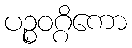
ပဉ္စဝဂ္ဂိကော